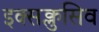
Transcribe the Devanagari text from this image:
इक्सक्लुसिव